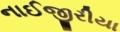
નાઈજીરીયા